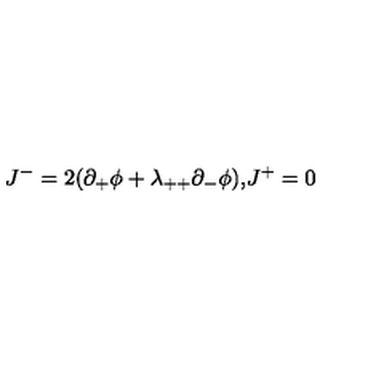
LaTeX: J ^ { - } = 2 ( \partial _ { + } \phi + \lambda _ { + + } \partial _ { - } \phi ) \mathrm { , } J ^ { + } = 0